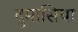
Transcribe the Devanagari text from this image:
दुमासिया